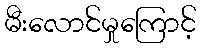
မီးလောင်မှုကြောင့်